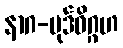
နာဂ-ပုဒ်ဝိဂ္ဂဟ